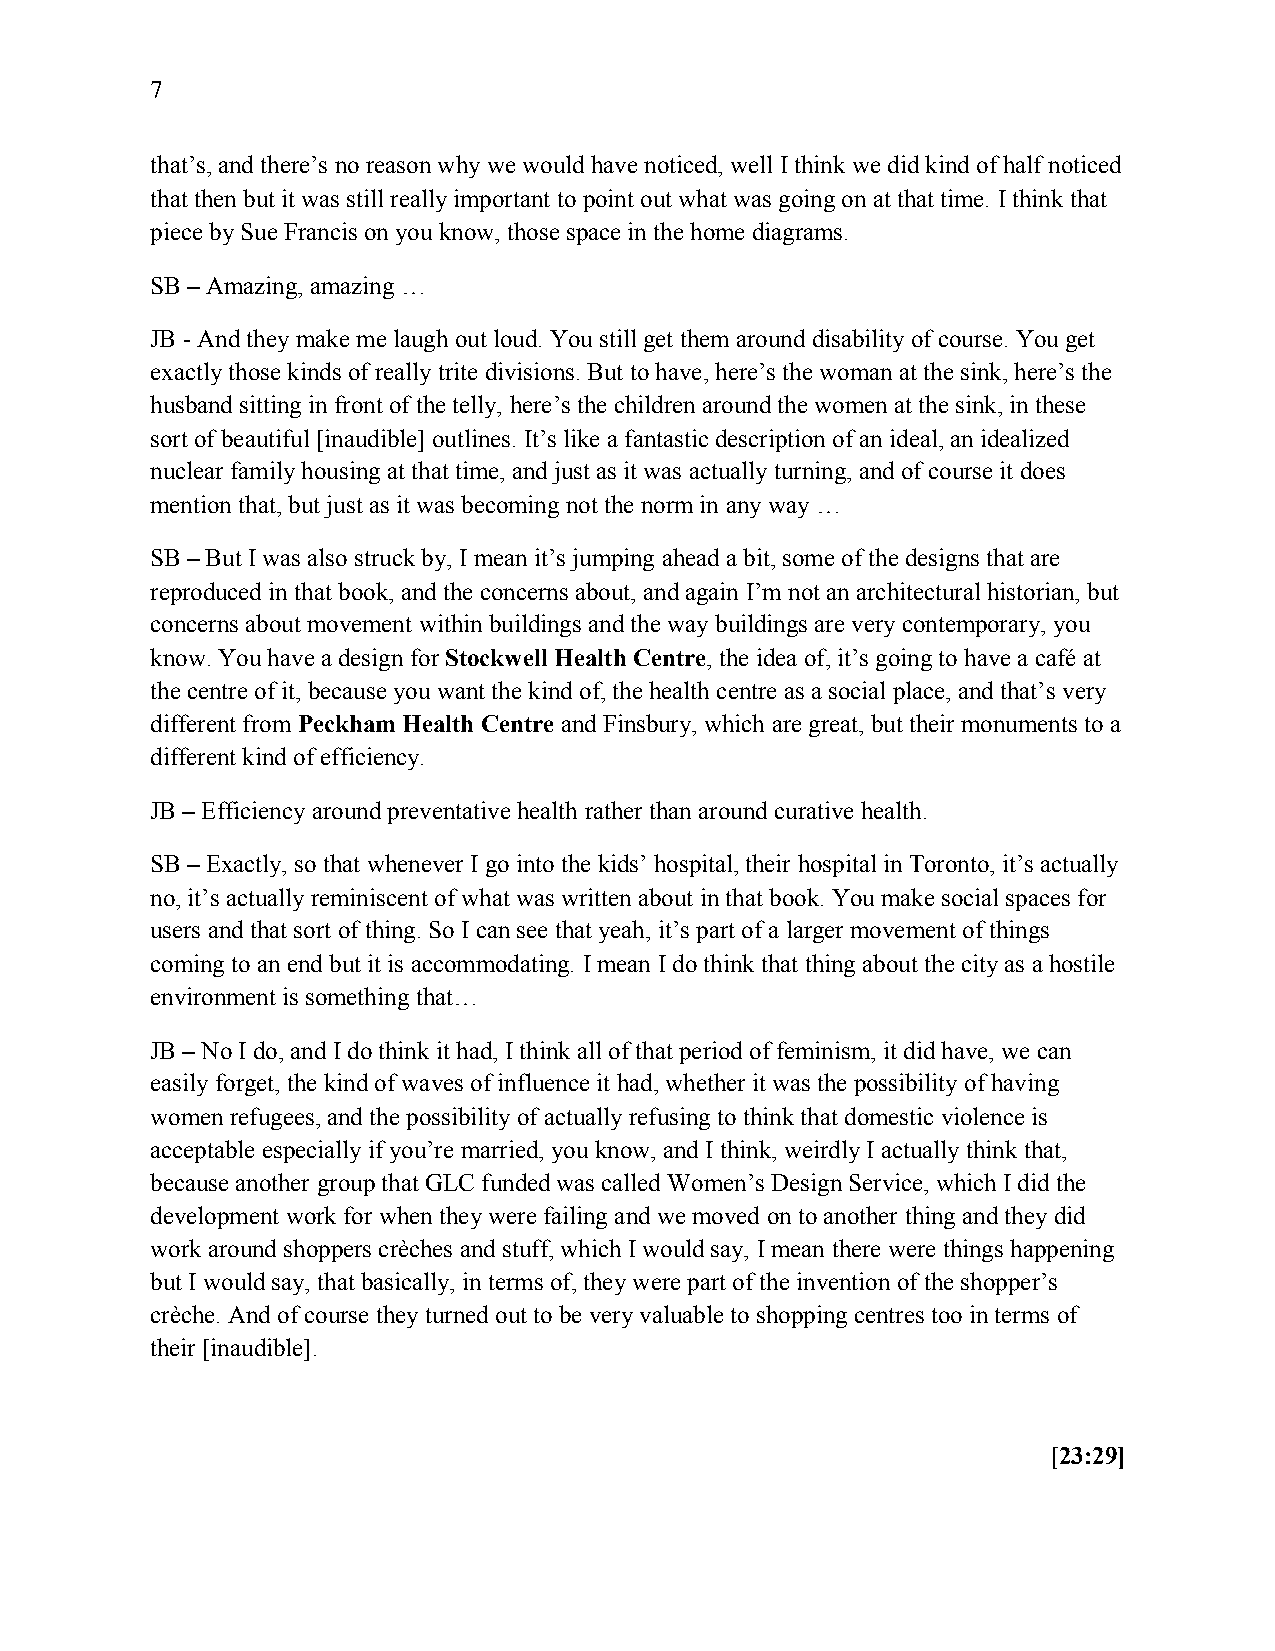
7
 that’s, and there’s no reason why we would have noticed, well I think we did kind of half noticed
 that then but it was still really important to point out what was going on at that time. I think that
 piece by Sue Francis on you know, those space in the home diagrams.
 SB – Amazing, amazing …
 JB - And they make me laugh out loud. You still get them around disability of course. You get
 exactly those kinds of really trite divisions. But to have, here’s the woman at the sink, here’s the
 husband sitting in front of the telly, here’s the children around the women at the sink, in these
 sort of beautiful [inaudible] outlines. It’s like a fantastic description of an ideal, an idealized
 nuclear family housing at that time, and just as it was actually turning, and of course it does
 mention that, but just as it was becoming not the norm in any way …
 SB – But I was also struck by, I mean it’s jumping ahead a bit, some of the designs that are
 reproduced in that book, and the concerns about, and again I’m not an architectural historian, but
 concerns about movement within buildings and the way buildings are very contemporary, you
 know. You have a design for Stockwell Health Centre, the idea of, it’s going to have a café at
 the centre of it, because you want the kind of, the health centre as a social place, and that’s very
 different from Peckham Health Centre and Finsbury, which are great, but their monuments to a
 different kind of efficiency.
 JB – Efficiency around preventative health rather than around curative health.
 SB – Exactly, so that whenever I go into the kids’ hospital, their hospital in Toronto, it’s actually
 no, it’s actually reminiscent of what was written about in that book. You make social spaces for
 users and that sort of thing. So I can see that yeah, it’s part of a larger movement of things
 coming to an end but it is accommodating. I mean I do think that thing about the city as a hostile
 environment is something that…
 JB – No I do, and I do think it had, I think all of that period of feminism, it did have, we can
 easily forget, the kind of waves of influence it had, whether it was the possibility of having
 women refugees, and the possibility of actually refusing to think that domestic violence is
 acceptable especially if you’re married, you know, and I think, weirdly I actually think that,
 because another group that GLC funded was called Women’s Design Service, which I did the
 development work for when they were failing and we moved on to another thing and they did
 work around shoppers crèches and stuff, which I would say, I mean there were things happening
 but I would say, that basically, in terms of, they were part of the invention of the shopper’s
 crèche. And of course they turned out to be very valuable to shopping centres too in terms of
 their [inaudible].
 [23:29]